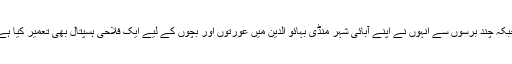
جبکہ چند برسوں سے انہوں نے اپنے آبائی شہر منڈی بہائو الدین میں عورتوں اور بچوں کے لیے ایک فلاحی ہسپتال بھی تعمیر کیا ہے۔